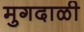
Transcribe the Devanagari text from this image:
मुगदाळी